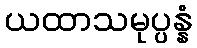
ယထာသမုပ္ပန္နံ